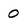
Character: 0